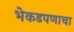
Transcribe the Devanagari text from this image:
भेकडपणाचा